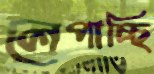
লেপাচ্ছি